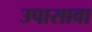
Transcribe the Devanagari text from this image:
उपासावा